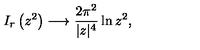
I _ { r } \left( z ^ { 2 } \right) \longrightarrow \frac { 2 \pi ^ { 2 } } { | z | ^ { 4 } } \ln z ^ { 2 } ,